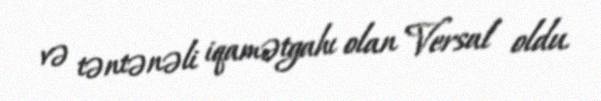
və təntənəli iqamətgahı olan Versal oldu.